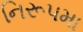
નિરૂપમા